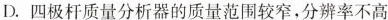
D. 四极杆质量分析器的质量范围较窄，分辨率不高